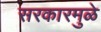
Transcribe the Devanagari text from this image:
सरकारमुळे